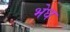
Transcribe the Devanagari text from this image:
भेध